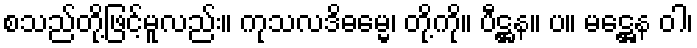
စသည်တို့ဖြင့်မူလည်း။ ကုသလဒိဓမ္မေ၊ တို့ကို။ ပီဋ္ဌန။ ပ။ မဋ္ဌေန ဝါ၊